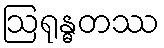
ဩရုန္ဓတဿ